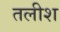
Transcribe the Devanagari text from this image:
तलीश